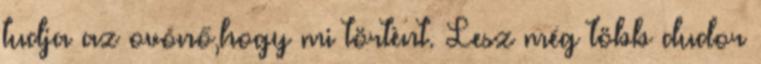
tudja az ovónő,hogy mi törtènt. Lesz még több dudor